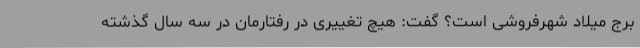
برج میلاد شهرفروشی است؟ گفت: هیچ تغییری در رفتارمان در سه سال گذشته